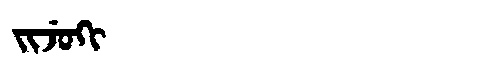
Manchu: ᠵᡳᠵᡠᡴᡳ
Romanization: JIJUKI